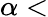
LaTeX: \alpha<